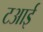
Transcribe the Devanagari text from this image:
टआई